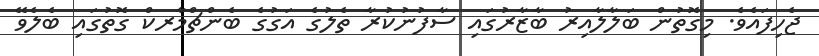
ޖެހިފައެވެ. މިގޮތުން ބަލާލާއިރު ބާޒާރުގައި ސާފުނުކުރާ ތެލުގެ އަގުގެ ބެންޗްމާރކް ގޮތުގައި ބެލެވޭ